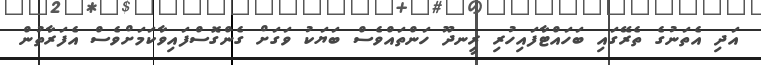
އަދި އެތަނުގެ ތެރޭގައި ބަހައްޓާފައިހުރި ރީނދޫ ހަންތައްވެސް ބަޔަކު ވަގަށް ގެންގޮސްފައިވާކަމަށްވެސް އެފަރާތުން